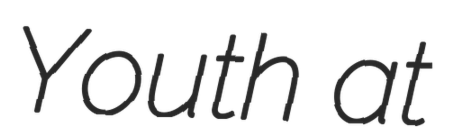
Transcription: Youth at